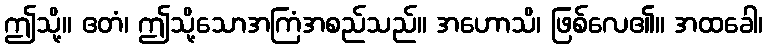
ဤသို့။ ဧတံ၊ ဤသို့သောအကြံအစည်သည်။ အဟောသိ၊ ဖြစ်လေ၏။ အထခေါ၊